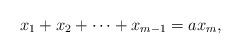
LaTeX: \begin{align*}x_1+x_2+\cdots +x_{m-1}=ax_m, \end{align*}